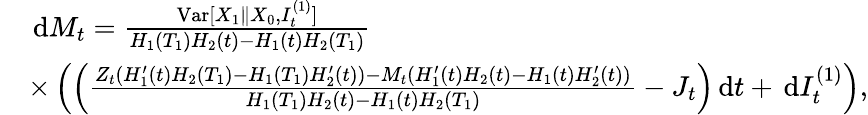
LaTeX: \begin{array}{rl}&{\, \mathrm{d}M_{t}=\frac{\mathrm{Var}[X_{1}\| X_{0},I_{t}^{(1)}]}{H_{1}(T_{1})H_{2}(t)-H_{1}(t)H_{2}(T_{1})}}\\ &{\times\left(\left(\frac{Z_{t}(H_{1}^{\prime}(t)H_{2}(T_{1})-H_{1}(T_{1})H_{2}^{\prime}(t))-M_{t}(H_{1}^{\prime}(t)H_{2}(t)-H_{1}(t)H_{2}^{\prime}(t))}{H_{1}(T_{1})H_{2}(t)-H_{1}(t)H_{2}(T_{1})}-J_{t}\right)\, \mathrm{d}t+\, \mathrm{d}I_{t}^{(1)}\right),}\end{array}